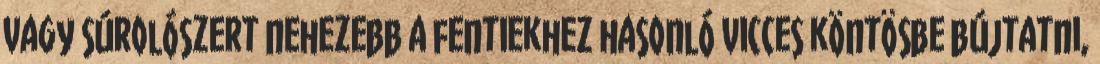
vagy súrolószert nehezebb a fentiekhez hasonló vicces köntösbe bújtatni,